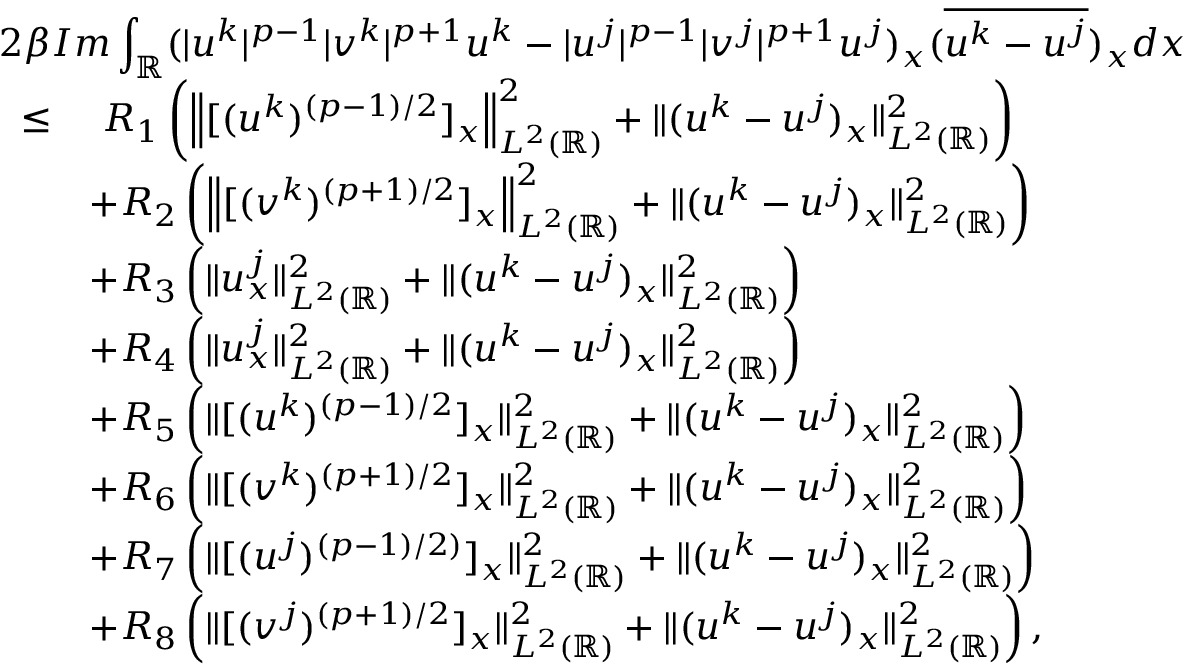
\begin{array} { r l } { 2 \beta \lefteqn { I m \int _ { \mathbb { R } } ( | u ^ { k } | ^ { p - 1 } | v ^ { k } | ^ { p + 1 } u ^ { k } - | u ^ { j } | ^ { p - 1 } | v ^ { j } | ^ { p + 1 } u ^ { j } ) _ { x } ( \overline { { u ^ { k } - u ^ { j } } } ) _ { x } d x } } \\ { \leq } & { \ R _ { 1 } \left( \left\| [ ( u ^ { k } ) ^ { ( p - 1 ) / 2 } ] _ { x } \right\| _ { L ^ { 2 } ( \mathbb { R } ) } ^ { 2 } + \| ( u ^ { k } - u ^ { j } ) _ { x } \| _ { L ^ { 2 } ( \mathbb { R } ) } ^ { 2 } \right) } \\ & { + R _ { 2 } \left( \left\| [ ( v ^ { k } ) ^ { ( p + 1 ) / 2 } ] _ { x } \right\| _ { L ^ { 2 } ( \mathbb { R } ) } ^ { 2 } + \| ( u ^ { k } - u ^ { j } ) _ { x } \| _ { L ^ { 2 } ( \mathbb { R } ) } ^ { 2 } \right) } \\ & { + R _ { 3 } \left( \| u _ { x } ^ { j } \| _ { L ^ { 2 } ( \mathbb { R } ) } ^ { 2 } + \| ( u ^ { k } - u ^ { j } ) _ { x } \| _ { L ^ { 2 } ( \mathbb { R } ) } ^ { 2 } \right) } \\ & { + R _ { 4 } \left( \| u _ { x } ^ { j } \| _ { L ^ { 2 } ( \mathbb { R } ) } ^ { 2 } + \| ( u ^ { k } - u ^ { j } ) _ { x } \| _ { L ^ { 2 } ( \mathbb { R } ) } ^ { 2 } \right) } \\ & { + R _ { 5 } \left( \| [ ( u ^ { k } ) ^ { ( p - 1 ) / 2 } ] _ { x } \| _ { L ^ { 2 } ( \mathbb { R } ) } ^ { 2 } + \| ( u ^ { k } - u ^ { j } ) _ { x } \| _ { L ^ { 2 } ( \mathbb { R } ) } ^ { 2 } \right) } \\ & { + R _ { 6 } \left( \| [ ( v ^ { k } ) ^ { ( p + 1 ) / 2 } ] _ { x } \| _ { L ^ { 2 } ( \mathbb { R } ) } ^ { 2 } + \| ( u ^ { k } - u ^ { j } ) _ { x } \| _ { L ^ { 2 } ( \mathbb { R } ) } ^ { 2 } \right) } \\ & { + R _ { 7 } \left( \| [ ( u ^ { j } ) ^ { ( p - 1 ) / 2 ) } ] _ { x } \| _ { L ^ { 2 } ( \mathbb { R } ) } ^ { 2 } + \| ( u ^ { k } - u ^ { j } ) _ { x } \| _ { L ^ { 2 } ( \mathbb { R } ) } ^ { 2 } \right) } \\ & { + R _ { 8 } \left( \| [ ( v ^ { j } ) ^ { ( p + 1 ) / 2 } ] _ { x } \| _ { L ^ { 2 } ( \mathbb { R } ) } ^ { 2 } + \| ( u ^ { k } - u ^ { j } ) _ { x } \| _ { L ^ { 2 } ( \mathbb { R } ) } ^ { 2 } \right) , } \end{array}